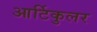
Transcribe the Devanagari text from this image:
आर्टिकुलर